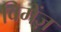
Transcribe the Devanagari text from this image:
विमेंज़